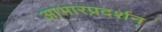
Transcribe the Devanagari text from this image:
आभारप्रदर्शन